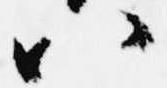
八